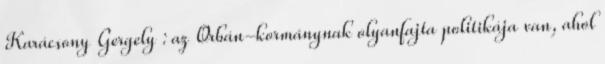
Karácsony Gergely : az Orbán-kormánynak olyanfajta politikája van, ahol